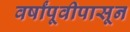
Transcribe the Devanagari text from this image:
वर्षांपूवीपासून